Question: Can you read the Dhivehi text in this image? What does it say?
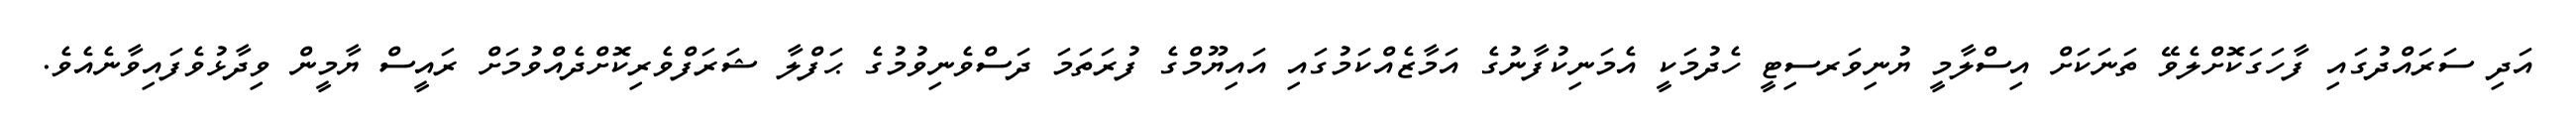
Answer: އަދި ސަރައްދުގައި ފާހަގަކޮށްލެވޭ ތަނަކަށް އިސްލާމީ ޔުނިވަރސިޓީ ހެދުމަކީ އެމަނިކުފާނުގެ އަމާޒެއްކަމުގައި އައިޔޫމްގެ ފުރަތަމަ ދަސްވެނިވުމުގެ ޙަފްލާ ޝަރަފްވެރިކޮށްދެއްވުމަށް ރައީސް ޔާމީން ވިދާޅުވެފައިވާނެއެވެ.